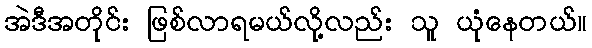
အဲဒီအတိုင်း ဖြစ်လာရမယ်လို့လည်း သူ ယုံနေတယ်။